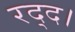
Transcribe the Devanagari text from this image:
रद्द।